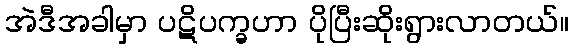
အဲဒီအခါမှာ ပဋိပက္ခဟာ ပိုပြီးဆိုးရွားလာတယ်။